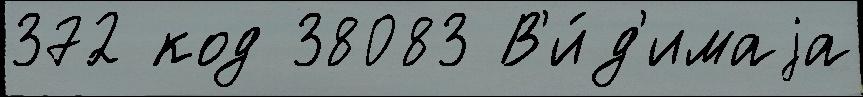
372 код 38083 В'и́д'имаjа